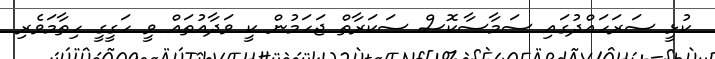
ކުޅީ ސަރަހައްދުގައި ސަމާސާކޮސް ސަކަރާތް ޖަހަމުން ކީ ވަދާއުތައް ވީ ހަގީގީ ހިތާމަވެރި